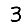
Digit: 3